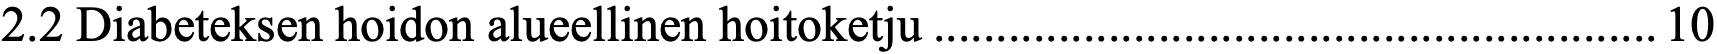
2.2 Diabeteksen hoidon alueellinen hoitoketju .......................................................... 10